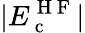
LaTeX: |E_{\mathrm{~c~}}^{\mathrm{~H~F~}}|